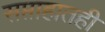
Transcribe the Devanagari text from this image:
सप्ताहातही